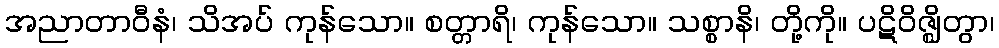
အညာတာဝီနံ၊ သိအပ် ကုန်သော။ စတ္တာရိ၊ ကုန်သော။ သစ္စာနိ၊ တို့ကို။ ပဋိဝိဇ္ဈိတွာ၊